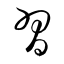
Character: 習